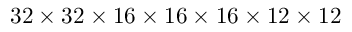
3 2 \times 3 2 \times 1 6 \times 1 6 \times 1 6 \times 1 2 \times 1 2